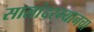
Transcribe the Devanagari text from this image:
सालांदरम्यानचा